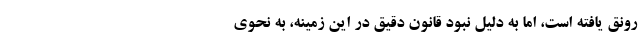
رونق یافته است، اما به دلیل نبود قانون دقیق در این زمینه، به نحوی